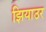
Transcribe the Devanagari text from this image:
झियाउर